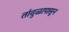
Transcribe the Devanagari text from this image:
तांदुळापासून